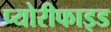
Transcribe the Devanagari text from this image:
प्योरीफाइड